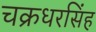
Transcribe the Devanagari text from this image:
चक्रधरसिंह